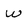
Character: w